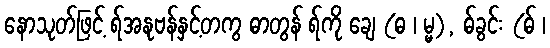
နောသုတ်ဖြင့် ရ်အနုဗန်နှင့်တကွ ဓာတွန် ရ်ကို ချေ (ဓ ၊ မ္မ), ဓ်ခွင်း (ဓ် ၊